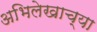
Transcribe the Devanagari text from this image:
अभिलेखाच्या